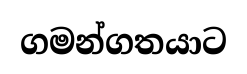
ගමන්ගතයාට